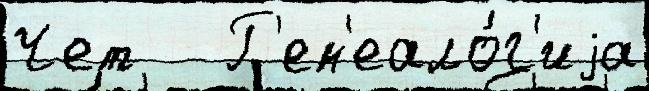
Чет   Г'ен'еало́г'иjа